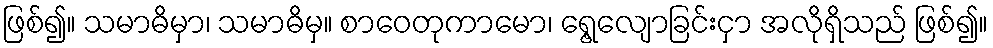
ဖြစ်၍။ သမာဓိမှာ၊ သမာဓိမှ။ စာဝေတုကာမော၊ ရွေ့လျောခြင်းငှာ အလိုရှိသည် ဖြစ်၍။